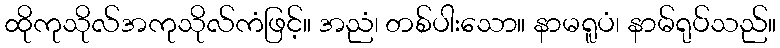
ထိုကုသိုလ်အကုသိုလ်ကံဖြင့်။ အညံ၊ တစ်ပါးသော။ နာမရူပံ၊ နာမ်ရုပ်သည်။